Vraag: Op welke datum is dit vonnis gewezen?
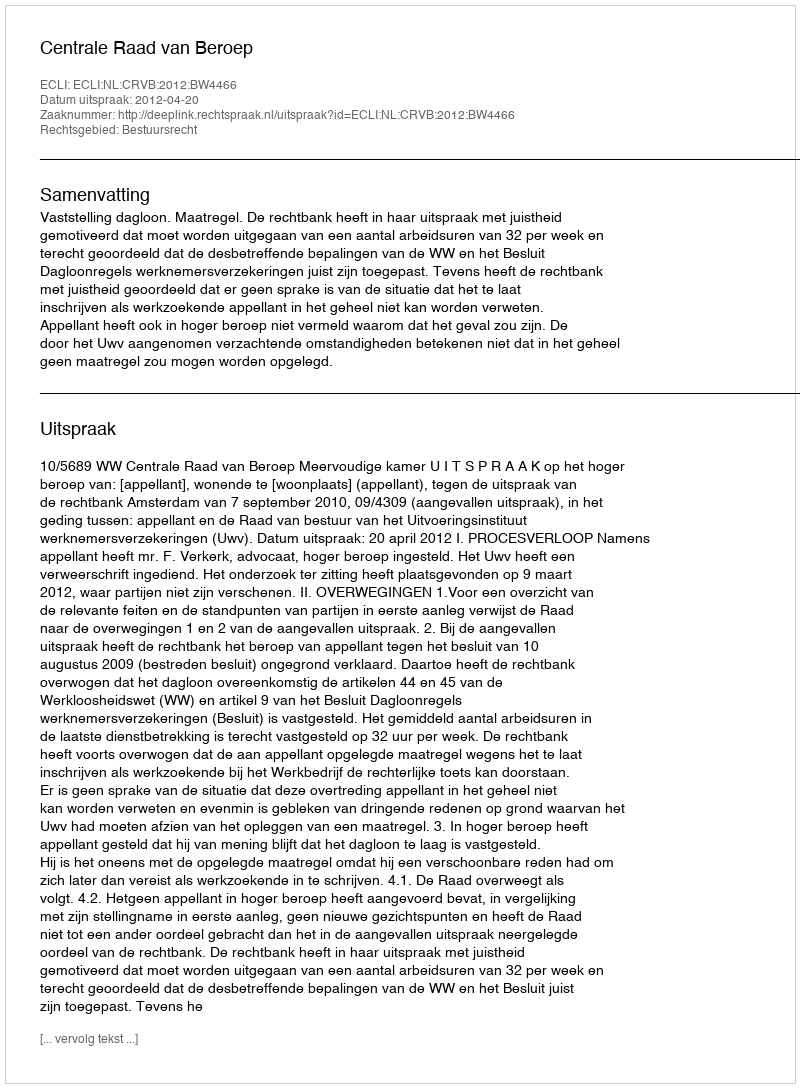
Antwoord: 2012-04-20